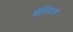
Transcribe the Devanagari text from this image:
ब्रेसियानो